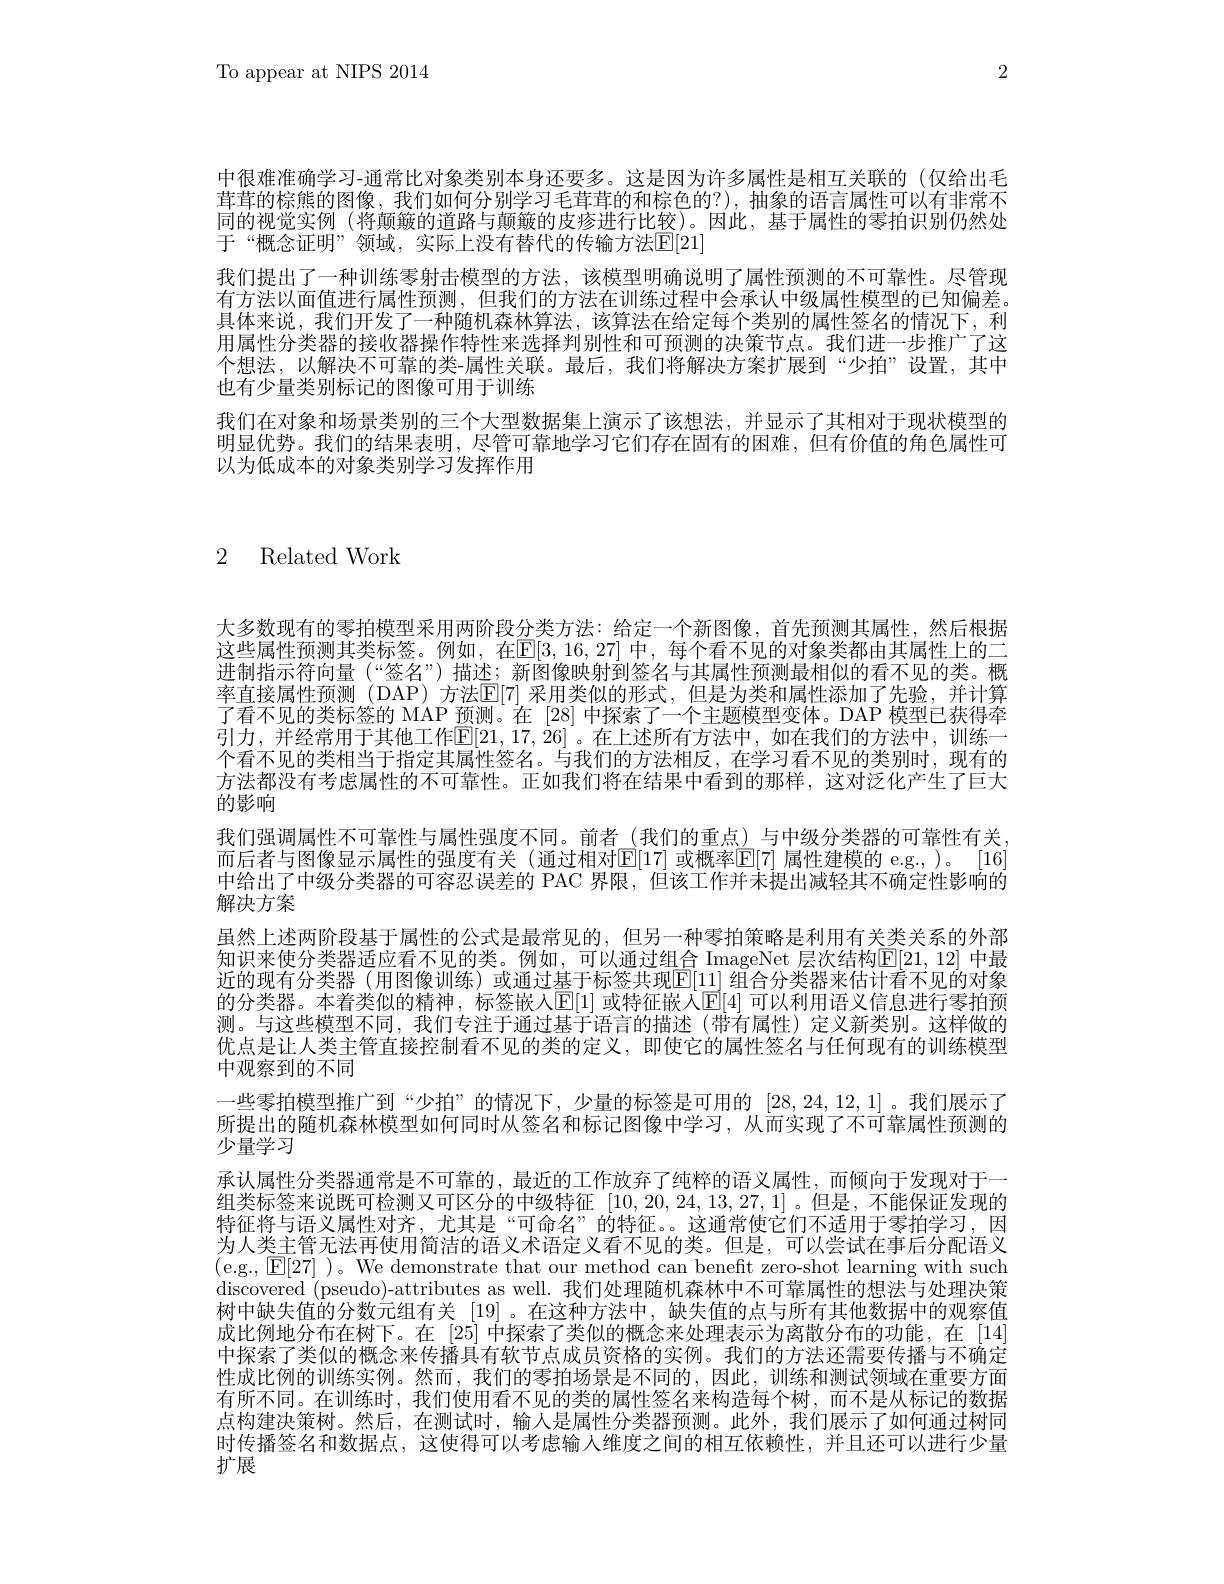
2

To appear at NIPS 2014

中很难准确学习-通常比对象类别本身还要多。这是因为许多属性是相互关联的(仅给出毛茸茸的棕熊的图像，我们如何分别学习毛茸茸的和棕色的？),抽象的语言属性可以有非常不同的视觉实例 (将颠簸的道路与颠簸的皮疹进行比较)。因此，基于属性的零拍识别仍然处于“概念证明”领域，实际上没有替代的传输方法[E]21]
我们提出了一种训练零射击模型的方法，该模型明确说明了属性预测的不可靠性。尽管现有方法以面值进行属性预测，但我们的方法在训练过程中会承认中级属性模型的已知偏差。具体来说，我们开发了一种随机森林算法，该算法在给定每个类别的属性签名的情况下，利用属性分类器的接收器操作特性来选择判别性和可预测的决策节点。我们进一步推广了这个想法，以解决不可靠的类-属性关联。最后，我们将解决方案扩展到“少拍”设置，其中也有少量类别标记的图像可用于训练
我们在对象和场景类别的三个大型数据集上演示了该想法，并显示了其相对于现状模型的明显优势。我们的结果表明，尽管可靠地学习它们存在固有的困难，但有价值的角色属性可以为低成本的对象类别学习发挥作用

2 Related Work

大多数现有的零拍模型采用两阶段分类方法：给定一个新图像，首先预测其属性，然后根据这些属性预测其类标签。例如，在$\mathbb{E}[3,16,27]$ 中，每个看不见的对象类都由其属性上的二进制指示符向量(“签名”)描述；新图像映射到签名与其属性预测最相似的看不见的类。概率直接属性预测(DAP)方法$\mathbb{E}[7]$ 采用类似的形式，但是为类和属性添加了先验，并计算了看不见的类标签的 MAP 预测。在 [28] 中探索了一个主题模型变体。DAP 模型已获得牵引力，并经常用于其他工作$\mathbb{E}[21,17,26]$ 。在上述所有方法中，如在我们的方法中，训练一个看不见的类相当于指定其属性签名。与我们的方法相反，在学习看不见的类别时，现有的方法都没有考虑属性的不可靠性。正如我们将在结果中看到的那样，这对泛化产生了巨大的影响
我们强调属性不可靠性与属性强度不同。前者(我们的重点)与中级分类器的可靠性有关而后者与图像显示属性的强度有关 (通过相对$\mathbb{E}[17]$ 或概率$\mathbb{E}[7]$ 属性建模的 e.g.,)。[16中给出了中级分类器的可容忍误差的 PAC 界限，但该工作并未提出减轻其不确定性影响的解决方案
虽然上述两阶段基于属性的公式是最常见的，但另一种零拍策略是利用有关类关系的外部知识来使分类器适应看不见的类。例如，可以通过组合 ImageNet 层次结构$\mathbb{E}[21,12]$ 中最近的现有分类器 (用图像训练) 或通过基于标签共现$\mathbb{E}[11]$ 组合分类器来估计看不见的对象的分类器。本着类似的精神，标签嵌入$\mathbb{E}[1]$ 或特征嵌入$\mathbb{E}[4]$ 可以利用语义信息进行零拍预测。与这些模型不同，我们专注于通过基于语言的描述(带有属性)定义新类别。这样做的优点是让人类主管直接控制看不见的类的定义，即使它的属性签名与任何现有的训练模型中观察到的不同
一些零拍模型推广到“少拍”的情况下，少量的标签是可用的[28,24,12,1]。我们展示了所提出的随机森林模型如何同时从签名和标记图像中学习，从而实现了不可靠属性预测的少量学习
承认属性分类器通常是不可靠的，最近的工作放弃了纯粹的语义属性，而倾向于发现对于一组类标签来说既可检测又可区分的中级特征[10,20,24,13,27,1] 。但是，不能保证发现的特征将与语义属性对齐，尤其是“可命名”的特征。。这通常使它们不适用于零拍学习，因为人类主管无法再使用简洁的语义术语定义看不见的类。但是，可以尝试在事后分配语义(e.g., $\boxed{\mathrm{E}[27]})$。We demonstrate that our method can beneft zero-shot learning with such discovered (pseudo)-attributes as well. 我们处理随机森林中不可靠属性的想法与处理决策树中缺失值的分数元组有关[19] 。在这种方法中，缺失值的点与所有其他数据中的观察值成比例地分布在树下。在 [25] 中探索了类似的概念来处理表示为离散分布的功能，在 [14] 中探索了类似的概念来传播具有软节点成员资格的实例。我们的方法还需要传播与不确定性成比例的训练实例。然而，我们的零拍场景是不同的，因此，训练和测试领域在重要方面有所不同。在训练时，我们使用看不见的类的属性签名来构造每个树，而不是从标记的数据点构建决策树。然后，在测试时，输入是属性分类器预测。此外，我们展示了如何通过树同时传播签名和数据点，这使得可以考虑输入维度之间的相互依赖性，并且还可以进行少量扩展